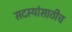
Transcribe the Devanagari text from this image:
सदस्यांसाठीच